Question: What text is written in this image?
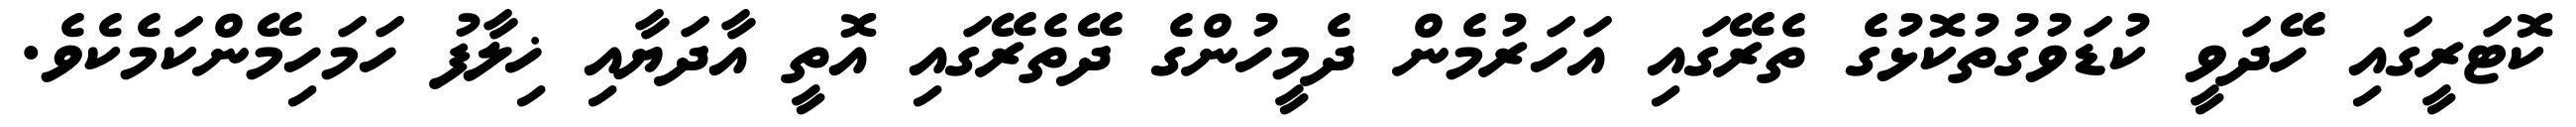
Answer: ކޮޓަރީގައި ހޭދަވީ ކުޑަވުގުތުކޮޅުގެ ތެރޭގައި އަހަރުމެން ދެމީހުންގެ ދޭތެރޭގައި އޮތީ އާދަޔާއި ޚިލާފު ހަމަހިމޭންކަމެކެވެ.